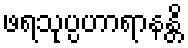
ဖရသုပ္ပဟာရာနန္တိ